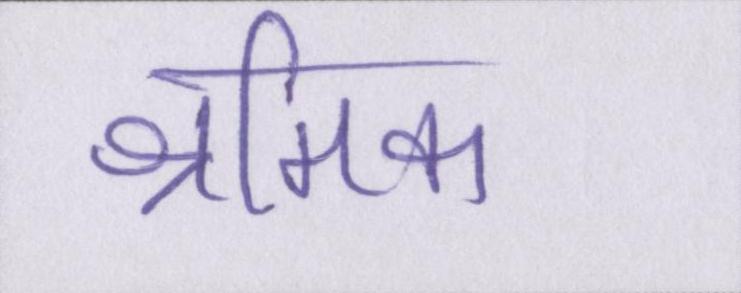
श्रमिक